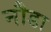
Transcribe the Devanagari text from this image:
नौडा